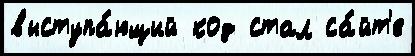
выступа́ющий код стал са́йт'е